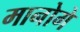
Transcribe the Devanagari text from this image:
मानोगे